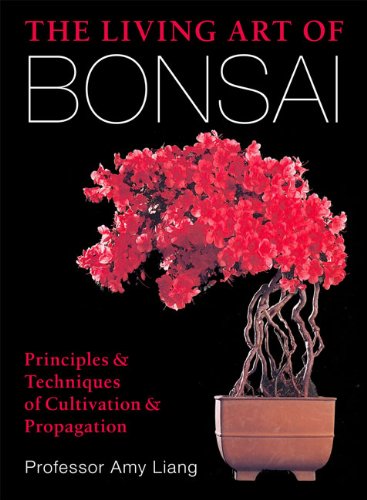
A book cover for The Living Art of Bonsai: Principles & Techniques of Cultivation & Propagation; Amy Liang; Crafts, Hobbies & Home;